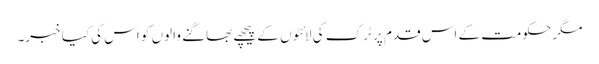
مگر حکومت کے اس قدم پر ٹرک کی لائٹوں کے پیچھے بھاگنے والوں کو اس کی کیا خبر۔